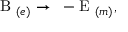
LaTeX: \mathrm { \boldmath ~ B ~ } _ { ( e ) } \rightarrow \mathrm { \boldmath ~ - E ~ } _ { ( m ) } ,